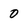
Character: 0